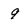
Character: 9